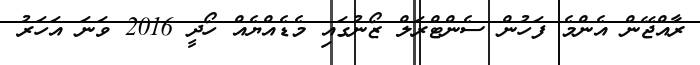
ރާއްޖޭން އެންމެ ފަހުން ސެންޓްރަލް ޒޯނުގައި މެޑެއްޔެއް ހޯދީ 2016 ވަނަ އަހަރު